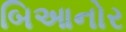
બિઆનોર